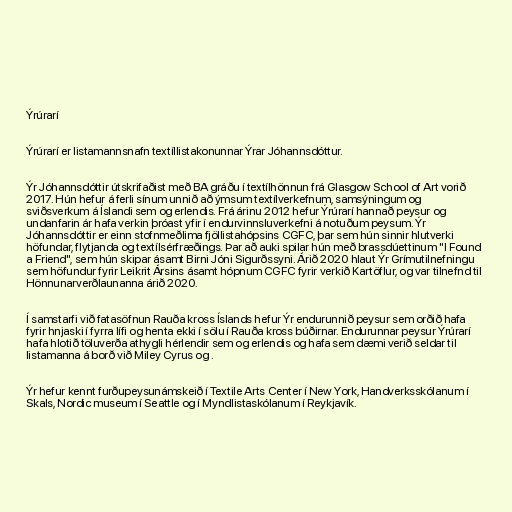
Ýrúrarí

Ýrúrarí er listamannsnafn textíllistakonunnar Ýrar Jóhannsdóttur.

Ýr Jóhannsdóttir útskrifaðist með BA gráðu í textílhönnun frá Glasgow School of Art vorið
2017. Hún hefur á ferli sínum unnið að ýmsum textílverkefnum, samsýningum og
sviðsverkum á Íslandi sem og erlendis. Frá árinu 2012 hefur Ýrúrarí hannað peysur og
undanfarin ár hafa verkin þróast yfir í endurvinnsluverkefni á notuðum peysum. Ýr
Jóhannsdóttir er einn stofnmeðlima fjöllistahópsins CGFC, þar sem hún sinnir hlutverki
höfundar, flytjanda og textílsérfræðings. Þar að auki spilar hún með brassdúettinum "I Found
a Friend", sem hún skipar ásamt Birni Jóni Sigurðssyni. Árið 2020 hlaut Ýr Grímutilnefningu
sem höfundur fyrir Leikrit Ársins ásamt hópnum CGFC fyrir verkið Kartöflur, og var tilnefnd til
Hönnunarverðlaunanna árið 2020.

Í samstarfi við fatasöfnun Rauða kross Íslands hefur Ýr endurunnið peysur sem orðið hafa
fyrir hnjaski í fyrra lífi og henta ekki í sölu í Rauða kross búðirnar. Endurunnar peysur Ýrúrarí
hafa hlotið töluverða athygli hérlendir sem og erlendis og hafa sem dæmi verið seldar til
listamanna á borð við Miley Cyrus og .

Ýr hefur kennt furðupeysunámskeið í Textile Arts Center í New York, Handverksskólanum í
Skals, Nordic museum í Seattle og í Myndlistaskólanum í Reykjavík.